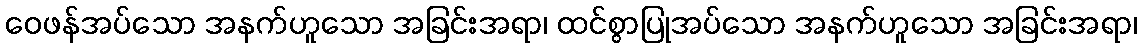
ဝေဖန်အပ်သော အနက်ဟူသော အခြင်းအရာ၊ ထင်စွာပြုအပ်သော အနက်ဟူသော အခြင်းအရာ၊